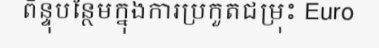
ពិន្ទុបន្ថែមក្នុងការប្រកួតជម្រុះ Euro